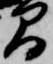
間